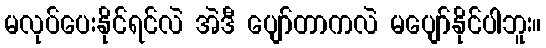
မလုပ်ပေးနိုင်ရင်လဲ အဲဒီ ပျော်တာကလဲ မပျော်နိုင်ပါဘူး။